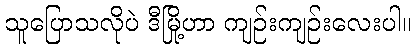
သူပြောသလိုပဲ ဒီမြို့ဟာ ကျဉ်းကျဉ်းလေးပါ။